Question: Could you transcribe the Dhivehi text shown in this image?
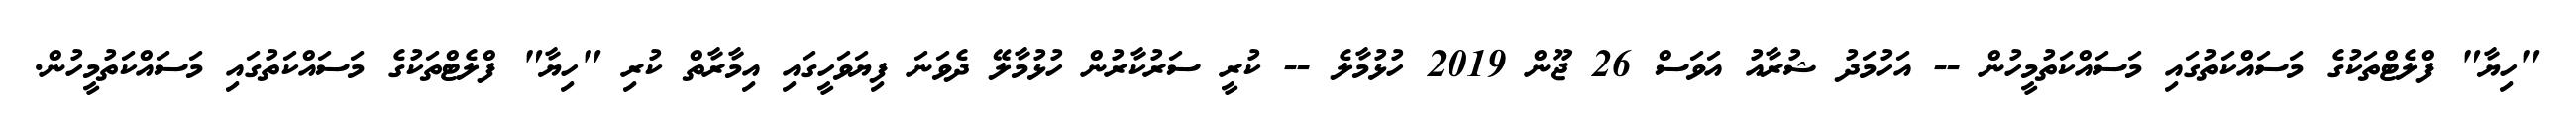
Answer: "ހިޔާ" ފްލެޓްތަކުގެ މަސައްކަތުގައި މަސައްކަތުމީހުން -- އަހުމަދު ޝުރާއު އަވަސް 26 ޖޫން 2019 ހުޅުމާލެ -- ކުރީ ސަރުކާރުން ހުޅުމާލޭ ދެވަނަ ފިޔަވަހީގައި އިމާރާތް ކުރި "ހިޔާ" ފްލެޓްތަކުގެ މަސައްކަތުގައި މަސައްކަތުމީހުން.